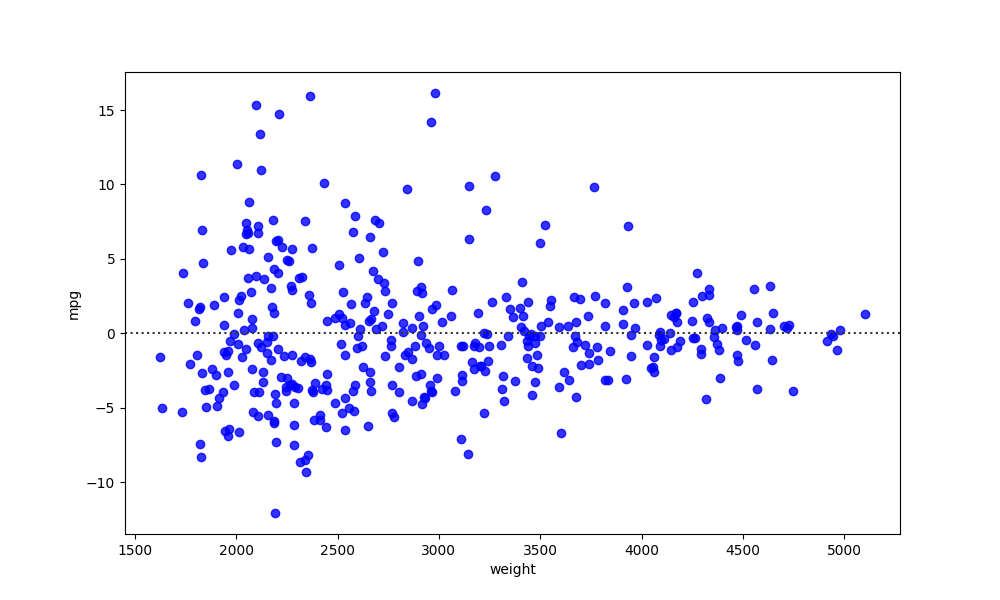
python, seaborn, residplot, lowess=False, scatter_color=blue